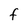
Character: F